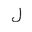
Letter: _lam